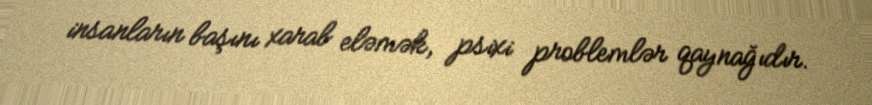
insanların başını xarab eləmək, psixi problemlər qaynağıdır.